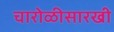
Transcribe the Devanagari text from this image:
चारोळीसारखी